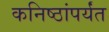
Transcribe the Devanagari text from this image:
कनिष्ठांपर्यंत